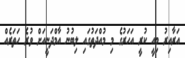
އަރާއިރު މިއީ ކުރީ އަހަރުގެ މި މުއްދަތުގައި ލިބުނު އާމްދަނީއަށް ވުރެ ހަތަރެއް